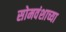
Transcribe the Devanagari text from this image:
सोमवंशाच्या